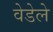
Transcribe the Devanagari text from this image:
वेडेले